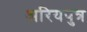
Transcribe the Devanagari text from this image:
अरियपुत्र